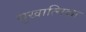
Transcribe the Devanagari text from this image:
सुखात्मिका